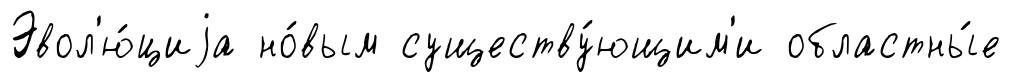
Эвол'ю́циjа но́вым существу́ющим'и областны́е